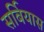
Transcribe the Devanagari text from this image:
सर्बियास